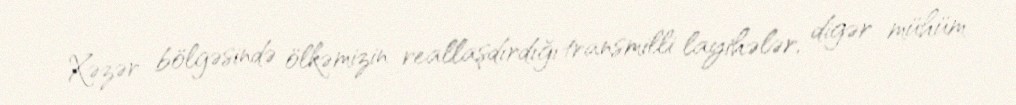
Xəzər bölgəsində ölkəmizin reallaşdırdığı transmilli layihələr, digər mühüm